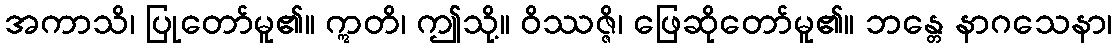
အကာသိ၊ ပြုတော်မူ၏။ ဣတိ၊ ဤသို့။ ဝိဿဇ္ဇိ၊ ဖြေဆိုတော်မူ၏။ ဘန္တေ နာဂသေနာ၊